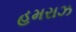
હમરાઝ